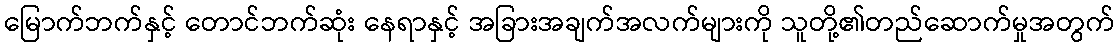
မြောက်ဘက်နှင့် တောင်ဘက်ဆုံး နေရာနှင့် အခြားအချက်အလက်များကို သူတို့၏တည်ဆောက်မှုအတွက်